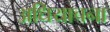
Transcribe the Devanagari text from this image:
अधियाचना